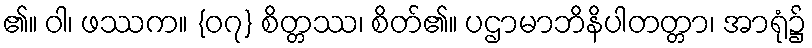
၏။ ဝါ၊ ဖဿက။ {၀၇} စိတ္တဿ၊ စိတ်၏။ ပဌာမာဘိနိပါတတ္တာ၊ အာရုံ၌